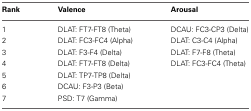
| Rank | Valence | Arousal |
 | --- | --- | --- |
 | 1 | DLAT: FT7-FT8 (Theta) | DCAU: FC3-CP3 (Delta) |
 | 2 | DLAT: FC3-FC4 (Alpha) | DLAT: C3-C4 (Alpha) |
 | 3 | DLAT: F3-F4 (Delta) | DLAT: F7-F8 (Theta) |
 | 4 | DLAT: FT7-FT8 (Delta) | DLAT: FC3-FC4 (Theta) |
 | 5 | DLAT: TP7-TP8 (Delta) |  |
 | 6 | DCAU: F3-P3 (Beta) |  |
 | 7 | PSD: T7 (Gamma) |  |